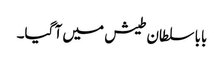
بابا سلطان طیش میں آ گیا۔